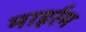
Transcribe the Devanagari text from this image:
माहर्रम